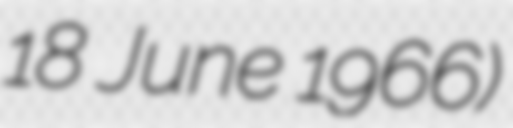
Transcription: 18 June 1966)